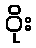
ဝိုး